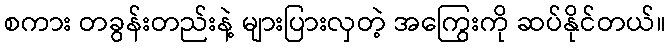
စကား တခွန်းတည်းနဲ့ များပြားလှတဲ့ အကြွေးကို ဆပ်နိုင်တယ်။